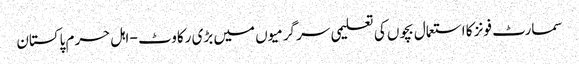
سمارٹ فونز کا استعمال بچوں کی تعلیمی سر گرمیوں میں بڑی رکاوٹ - اہل حرم پاکستان